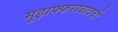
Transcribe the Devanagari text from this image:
मुझफ्फराबादची